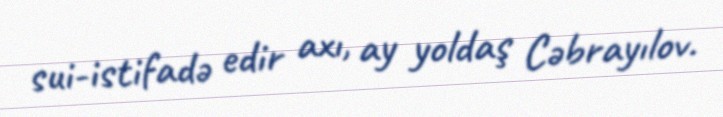
sui-istifadə edir axı, ay yoldaş Cəbrayılov.